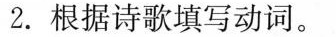
2.根据诗歌填写动词。